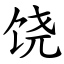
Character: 饶